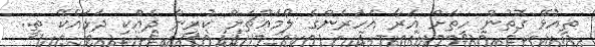
ތިއުޅޭ ގޮތުން ހިތަށް އަރާ އަހަރެންގެ ލޯމައްޗަށް ކުރިން ދެއްކި ދަޅައެކޭ ތީ..